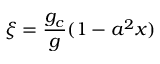
\xi = \frac { g _ { c } } { g } ( 1 - a ^ { 2 } x )